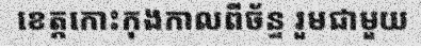
ខេត្តកោះកុងកាលពីច័ន្ទ រួមជាមួយ